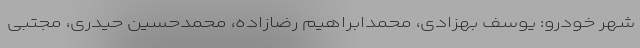
شهر خودرو: یوسف بهزادی، محمدابراهیم رضازاده، محمدحسین حیدری، مجتبی